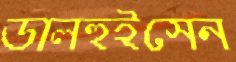
ডালহুইসেন